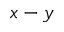
x - y